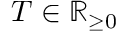
T \in \mathbb { R } _ { \geq 0 }